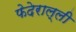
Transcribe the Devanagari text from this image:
फेदेराल्ली